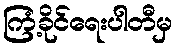
ကြံ့ခိုင်ရေးပါတီမှ